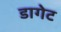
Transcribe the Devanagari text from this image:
डागेट